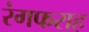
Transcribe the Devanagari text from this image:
रंगफराह